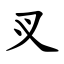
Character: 㕚